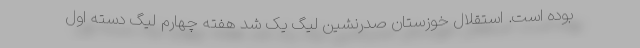
بوده است. استقلال ‌خوزستان صدرنشین لیگ یک شد هفته چهارم لیگ دسته اول